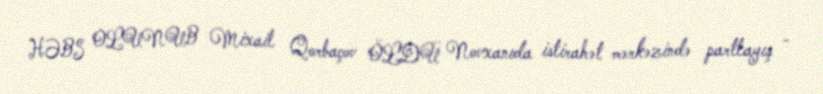
HƏBS OLUNUB Mixail Qorbaçov ÖLDÜ Novxanıda istirahət mərkəzində partlayış -